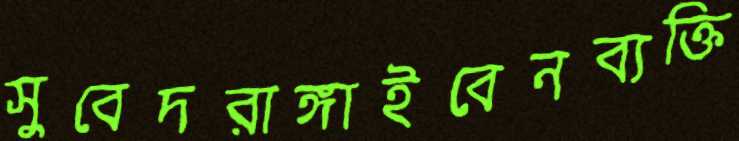
সুবেদরাঙ্গাইবেনব্যক্তি